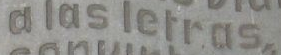
aias lerras.